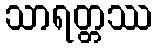
သာရတ္တဿ